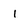
Character: l